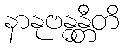
နာနုဗန္ဓန္တီတိ